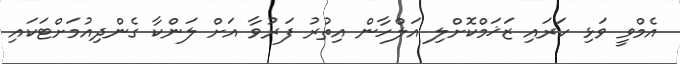
އެމްވީ ވަޅި ހަރައި ޒަޚަމްކޮށްލި އަލްހާން އިތުރު ފަރުވާ އަށް ލަންކާ ގެންދިއުމަށްޓަކައި